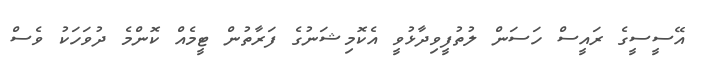
އޭސީސީގެ ރައީސް ހަސަން ލުތުފީވިދާޅުވީ އެކޮމިޝަނުގެ ފަރާތުން ޓީމެއް ކޮންމެ ދުވަހަކު ވެސް